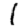
Digit: 1